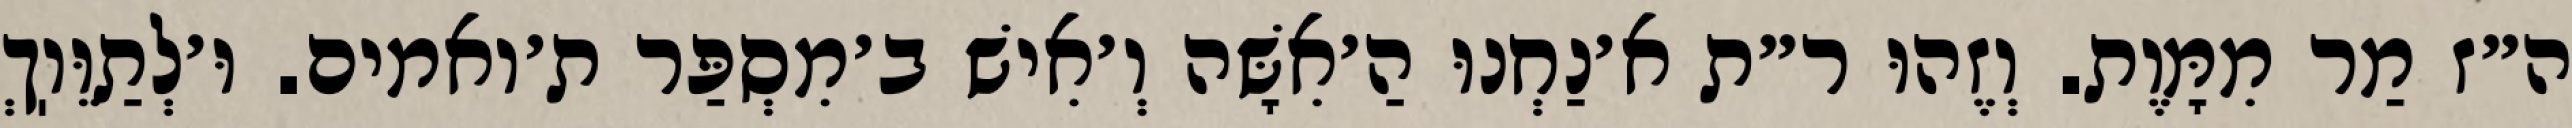
ה״ז מַר מִמָּוֶת. וְזֶהוּ ר״ת א׳נַחְנוּ הַ׳אִשָּׁה וְ׳אִישׁ ב׳מִסְפַּר ת׳ואמים. וּ׳לְתַוֵּוֽךְ